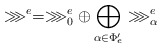
\begin{align*}\ggg^e = \ggg^e_0 \oplus \bigoplus_{\alpha\in \Phi'_e} \ggg^e_\alpha\end{align*}